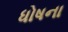
ધોષના